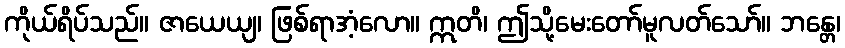
ကိုယ်ရိပ်သည်။ ဇာယေယျ၊ ဖြစ်ရာအံ့လော။ ဣတိ၊ ဤသို့မေးတော်မူလတ်သော်။ ဘန္တေ၊